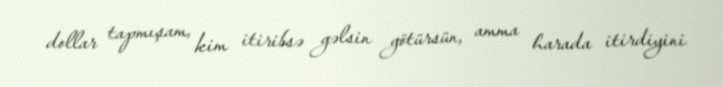
dollar tapmışam, kim itiribsə gəlsin götürsün, amma harada itirdiyini